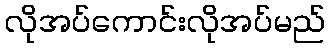
လိုအပ်ကောင်းလိုအပ်မည်